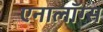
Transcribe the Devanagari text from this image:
एनालॉग्स